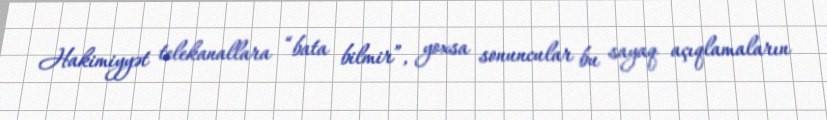
Hakimiyyət telekanallara “bata bilmir”, yoxsa sonuncular bu sayaq açıqlamaların